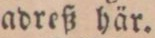
adreß här.